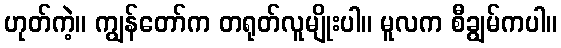
ဟုတ်ကဲ့။ ကျွန်တော်က တရုတ်လူမျိုးပါ။ မူလက စီချွမ်ကပါ။